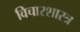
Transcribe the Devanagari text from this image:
विचारशास्त्र